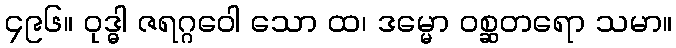
၄၉၆။ ဝုဒ္ဓါ ဇရဂ္ဂဝေါ သော ထ၊ ဒမ္မော ဝစ္ဆတရော သမာ။